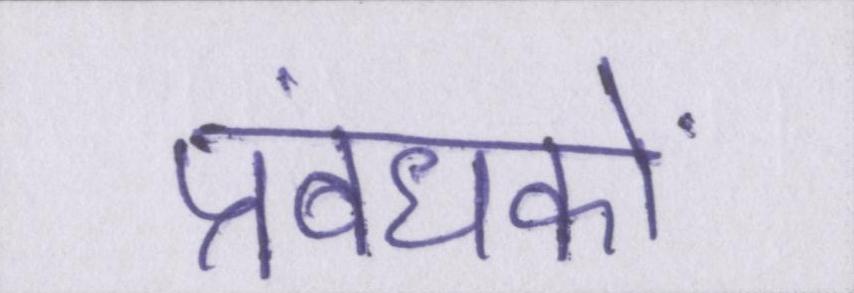
प्रबंधकों